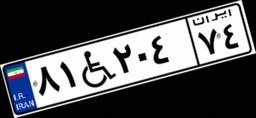
۴۶W۴۰۲۰۸